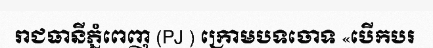
រាជធានីភ្នំពេញ (PJ ) ក្រោមបទចោទ «បើកបរ